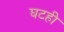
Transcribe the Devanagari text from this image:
घटही